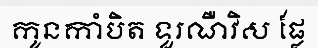
កូនកាំបិត ទួរណឺវិស ផ្លែ